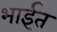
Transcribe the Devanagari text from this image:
भाईत